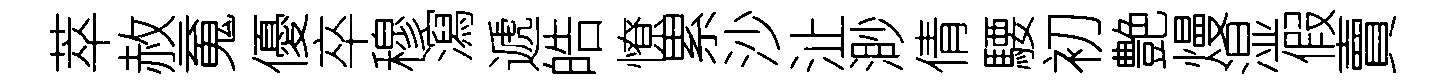
萃赦䰟優卒穆瀉遞皓憭累沙沚渺倩騕初艶熳湿假賣